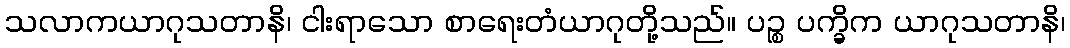
သလာကယာဂုသတာနိ၊ ငါးရာသော စာရေးတံယာဂုတို့သည်။ ပဉ္စ ပက္ခိက ယာဂုသတာနိ၊